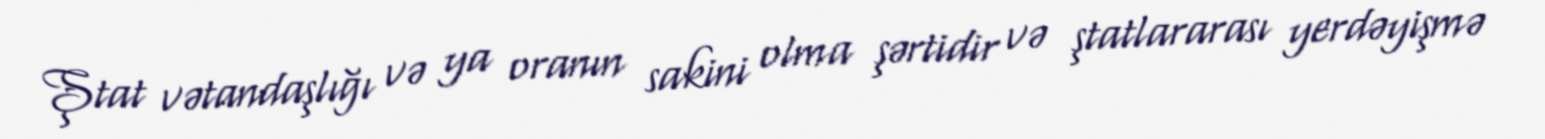
Ştat vətandaşlığı və ya oranın sakini olma şərtidir və ştatlararası yerdəyişmə